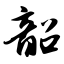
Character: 韶